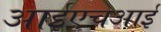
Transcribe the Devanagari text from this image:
आईएचआई